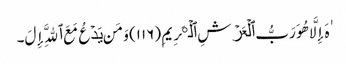
ٰهَ إِلَّا هُوَ رَبُّ ٱلۡعَرۡشِ ٱلۡڪَرِیمِ (١١٦) وَمَن یَدۡعُ مَعَ ٱللَّهِ إِلَ۔